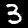
Digit: 3